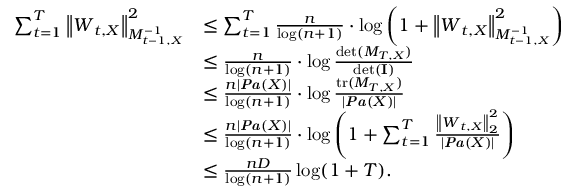
\begin{array} { r l } { \sum _ { t = 1 } ^ { T } \left\| \boldsymbol { W } _ { t , X } \right\| _ { M _ { t - 1 , X } ^ { - 1 } } ^ { 2 } } & { \leq \sum _ { t = 1 } ^ { T } \frac { n } { \log ( n + 1 ) } \cdot \log \left( 1 + \left\| \boldsymbol { W } _ { t , X } \right\| _ { M _ { t - 1 , X } ^ { - 1 } } ^ { 2 } \right) } \\ & { \leq \frac { n } { \log ( n + 1 ) } \cdot \log \frac { \operatorname* { d e t } ( M _ { T , X } ) } { \operatorname* { d e t } ( { \bf I } ) } } \\ & { \leq \frac { n | \boldsymbol { \it P a } ( X ) | } { \log ( n + 1 ) } \cdot \log \frac { \mathrm { t r } ( M _ { T , X } ) } { | \boldsymbol { \it P a } ( X ) | } } \\ & { \leq \frac { n | \boldsymbol { \it P a } ( X ) | } { \log ( n + 1 ) } \cdot \log \left( 1 + \sum _ { t = 1 } ^ { T } \frac { \left\| \boldsymbol { W } _ { t , X } \right\| _ { 2 } ^ { 2 } } { | \boldsymbol { \it P a } ( X ) | } \right) } \\ & { \leq \frac { n D } { \log ( n + 1 ) } \log ( 1 + T ) . } \end{array}